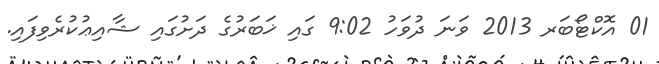
01 އޮކްޓޯބަރ 2013 ވަނަ ދުވަހު 9:02 ގައި ޚަބަރުގެ ދަށުގައި ޝާއިޢުކުރެވިފައި.